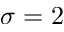
\sigma = 2